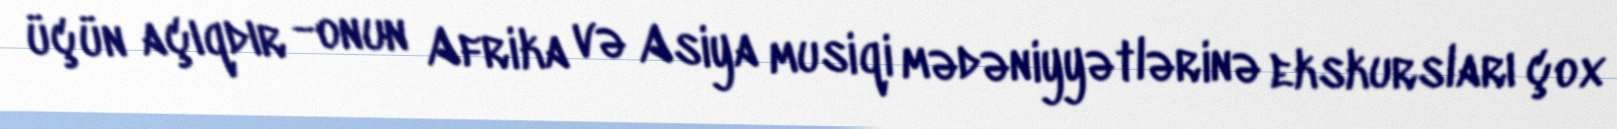
üçün açıqdır -onun Afrika və Asiya musiqi mədəniyyətlərinə ekskursları çox